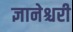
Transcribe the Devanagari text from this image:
ज्ञानेश्चरी